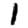
Digit: 1